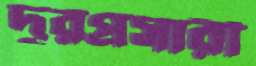
দূরপ্রসারী